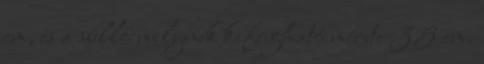
cm, és a süllő melynek kifogható mérete 35 cm.